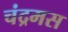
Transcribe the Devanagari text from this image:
चंद्रमस